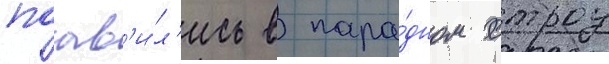
поав'и́л'ись в пара́дном строу